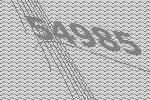
54985